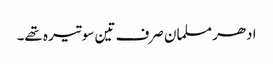
ادھر مسلمان صرف تین سو تیرہ تھے۔